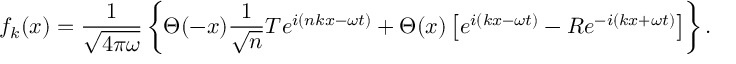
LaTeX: f _ { k } ( x ) = { \frac { 1 } { \sqrt { 4 \pi \omega } } } \left\{ \Theta ( - x ) { \frac { 1 } { \sqrt { n } } } T e ^ { i ( n k x - \omega t ) } + \Theta ( x ) \left[ e ^ { i ( k x - \omega t ) } - R e ^ { - i ( k x + \omega t ) } \right] \right\} .